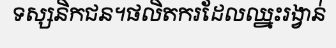
ទស្សនិកជន។ផលិតករដែលឈ្នះរង្វាន់